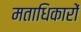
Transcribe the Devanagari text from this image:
मताधिकारों